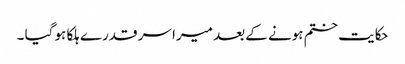
حکایت ختم ہونے کے بعد میرا سر قدرے ہلکا ہو گیا ۔